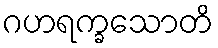
ဂဟရက္ခသောတိ